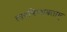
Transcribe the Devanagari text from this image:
त्वदभिजायताम्